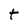
Character: t